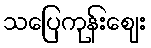
သပြေကုန်းဈေး